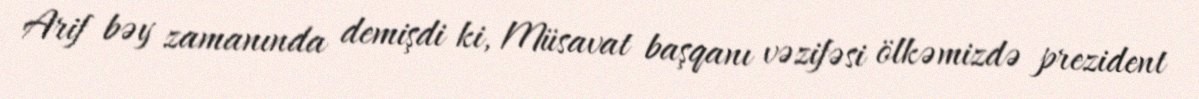
Arif bəy zamanında demişdi ki, Müsavat başqanı vəzifəsi ölkəmizdə prezident